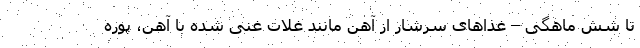
تا شش ماهگی – غذاهای سرشار از آهن مانند غلات غنی شده با آهن، پوره